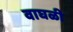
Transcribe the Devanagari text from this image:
वाघळी